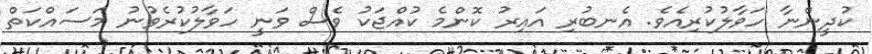
ކުދީންނާ ހަވާލުކުރިއެވެ. އެނބުރި އައިރު ކޮންމެ ކުއްޖަކު ވެސް ވަނީ ހަވާލުކުރެވުނު މަސައްކަތް